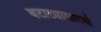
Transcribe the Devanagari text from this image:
बटाट्यासारखे